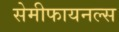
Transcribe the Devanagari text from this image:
सेमीफायनल्स